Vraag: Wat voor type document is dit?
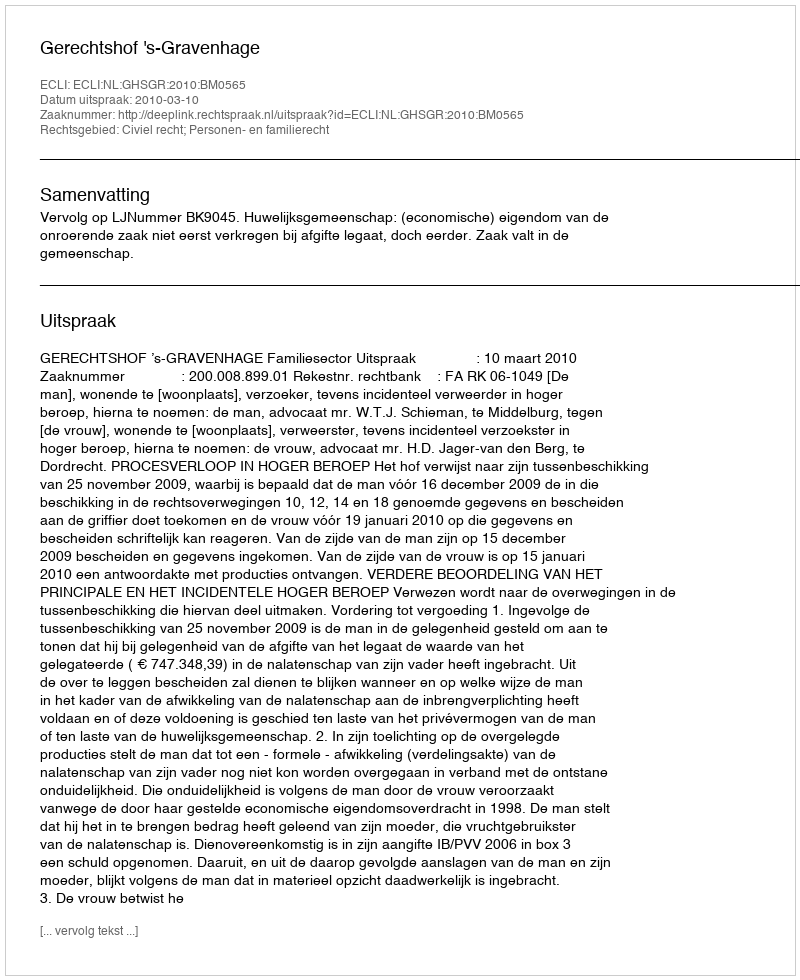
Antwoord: Uitspraak